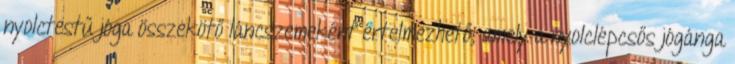
nyolctestű jóga összekötő láncszemeként értelmezhető, amely a nyolclépcsős jógánga